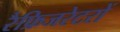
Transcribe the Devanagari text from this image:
रैफ्रिजरेटरों